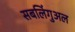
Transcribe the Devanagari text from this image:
सबलिंगुअल